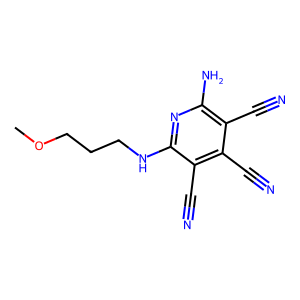
SMILES: COCCCNc1nc(N)c(C#N)c(C#N)c1C#N
Inhibits HIV replication: No